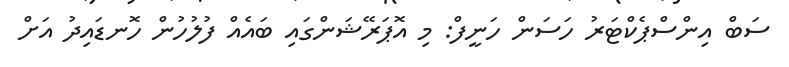
ސަބް އިންސްޕެކްޓަރު ހަސަން ހަނީފް: މި އޮޕަރޭޝަންގައި ބައެއް ފުލުހުން ހޮނޑައިދު އަށް